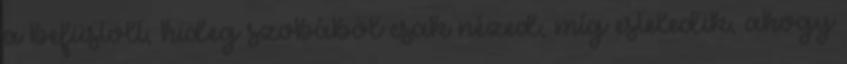
a befüstölt, hideg szobából csak nézed, míg esteledik, ahogy